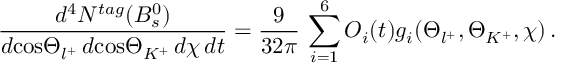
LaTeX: \frac { d ^ { 4 } N ^ { t a g } ( B _ { s } ^ { 0 } ) } { d \mathrm { c o s } \Theta _ { l ^ { + } } \, d \mathrm { c o s } \Theta _ { K ^ { + } } \, d \chi \, d t } = \frac { 9 } { 3 2 \pi } \, \sum _ { i = 1 } ^ { 6 } { \cal O } _ { i } ( t ) g _ { i } ( \Theta _ { l ^ { + } } , \Theta _ { K ^ { + } } , \chi ) \, .